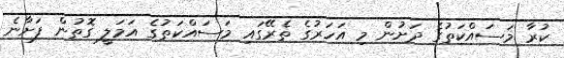
ކުރާ މަސައްކަތުގެ ދަށުން މި އަހަރުގެ ތެރޭގައި މަސައްކަތުގެ އަމަލީ ގޮތުން ފަށާނެ